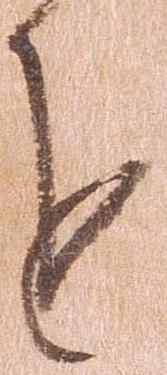
を